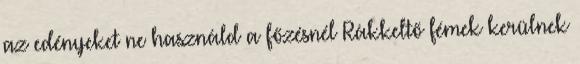
az edényeket ne használd a főzésnél Rákkeltő fémek kerülnek